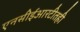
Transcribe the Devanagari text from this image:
एनसीईआरटीतही